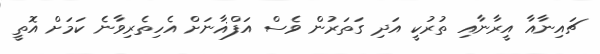
ޗައިނާއާ އީރާނާއި ތުރުކީ އަދި ގަތަރުން ވެސް އަފްޣާނަށް އެހިތެރިވާނެ ކަމަށް އޮތީ